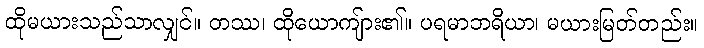
ထိုမယားသည်သာလျှင်။ တဿ၊ ထိုယောကျ်ား၏။ ပရမာဘရိယာ၊ မယားမြတ်တည်း။